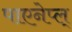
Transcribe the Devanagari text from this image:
पाएनेप्ल्